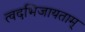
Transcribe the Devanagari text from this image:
त्वदभिजायताम्